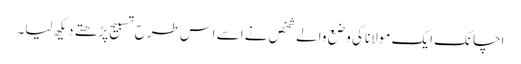
اچانک ایک مولانا کی وضع والے شخص نے اسے اس طرح تسبیح پڑھتے دیکھ لیا۔